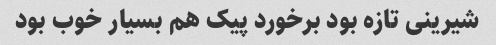
شیرینی تازه بود برخورد پیک هم بسیار خوب بود